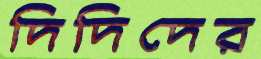
দিদিদের